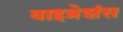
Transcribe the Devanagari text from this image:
वाइब्रेशंस